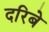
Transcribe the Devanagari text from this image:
दरिबे